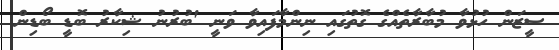
ސީޒަން ހުޅުވާ މުބާރާތެއްގެ ގޮތުގައި ނިންމާފައިވާ ވަނީ 'ބުރުނު ޝިކާރު ބޮޑީ ބޯޑިން